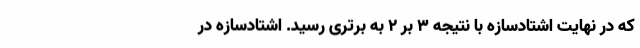
که در نهایت اشتادسازه با نتیجه 3 بر 2 به برتری رسید. اشتادسازه در